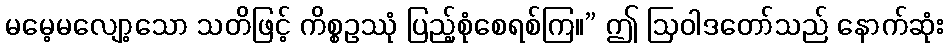
မမေ့မလျော့သော သတိဖြင့် ကိစ္စဥဿုံ ပြည့်စုံစေရစ်ကြ။” ဤ ဩဝါဒတော်သည် နောက်ဆုံး